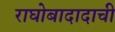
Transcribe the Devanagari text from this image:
राघोबादादाची